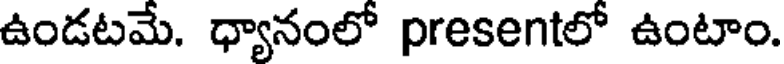
ఉండటమే. ధ్యానంలో presentలో ఉంటాం.